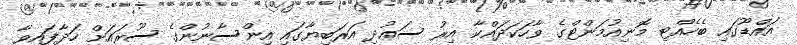
އައްޑޫގައި ބެހެއްޓި މޮނިއުމަންޓްގެ ވާހަކަދައްކާ އިރު ސަޢުދި އަރަބިޔާގައި އިންސާނުންގެ ސޫރައަށް ހަދާފައިވާ